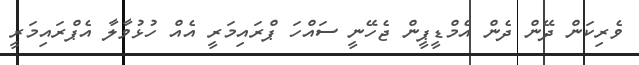
ވެރިކަން ދޭން ދެން އެމްޑީޕީން ޖެހޭނީ ސައްހަ ޕްރަައިމަރީ އެއް ހުޅުވާލާ އެޕްރައިމަރީ